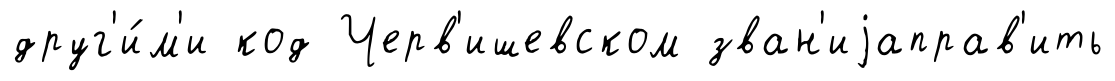
друг'и́м'и код Черв'ишевском зван'иjаправ'ить